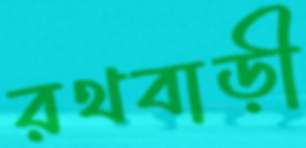
রথবাড়ী